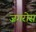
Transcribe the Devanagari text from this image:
ज़गरोस